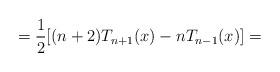
LaTeX: \begin{align*}=\frac12 [(n+2)T_{n+1}(x) - n T_{n-1}(x) ] = \end{align*}